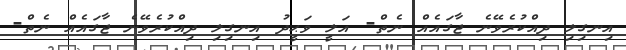
އިނގިލި ދިއްކުރެވޭނެ ޖާގައެއް ނެތް- އަލީ ވަޙީދު އިނގިލި ދިއްކުރެވޭނެ ޖާގައެއް ނެތް-